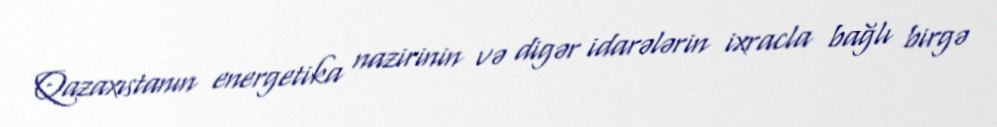
Qazaxıstanın energetika nazirinin və digər idarələrin ixracla bağlı birgə